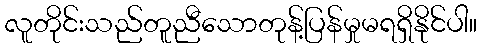
လူတိုင်းသည်တူညီသောတုန့်ပြန်မှုမရရှိနိုင်ပါ။